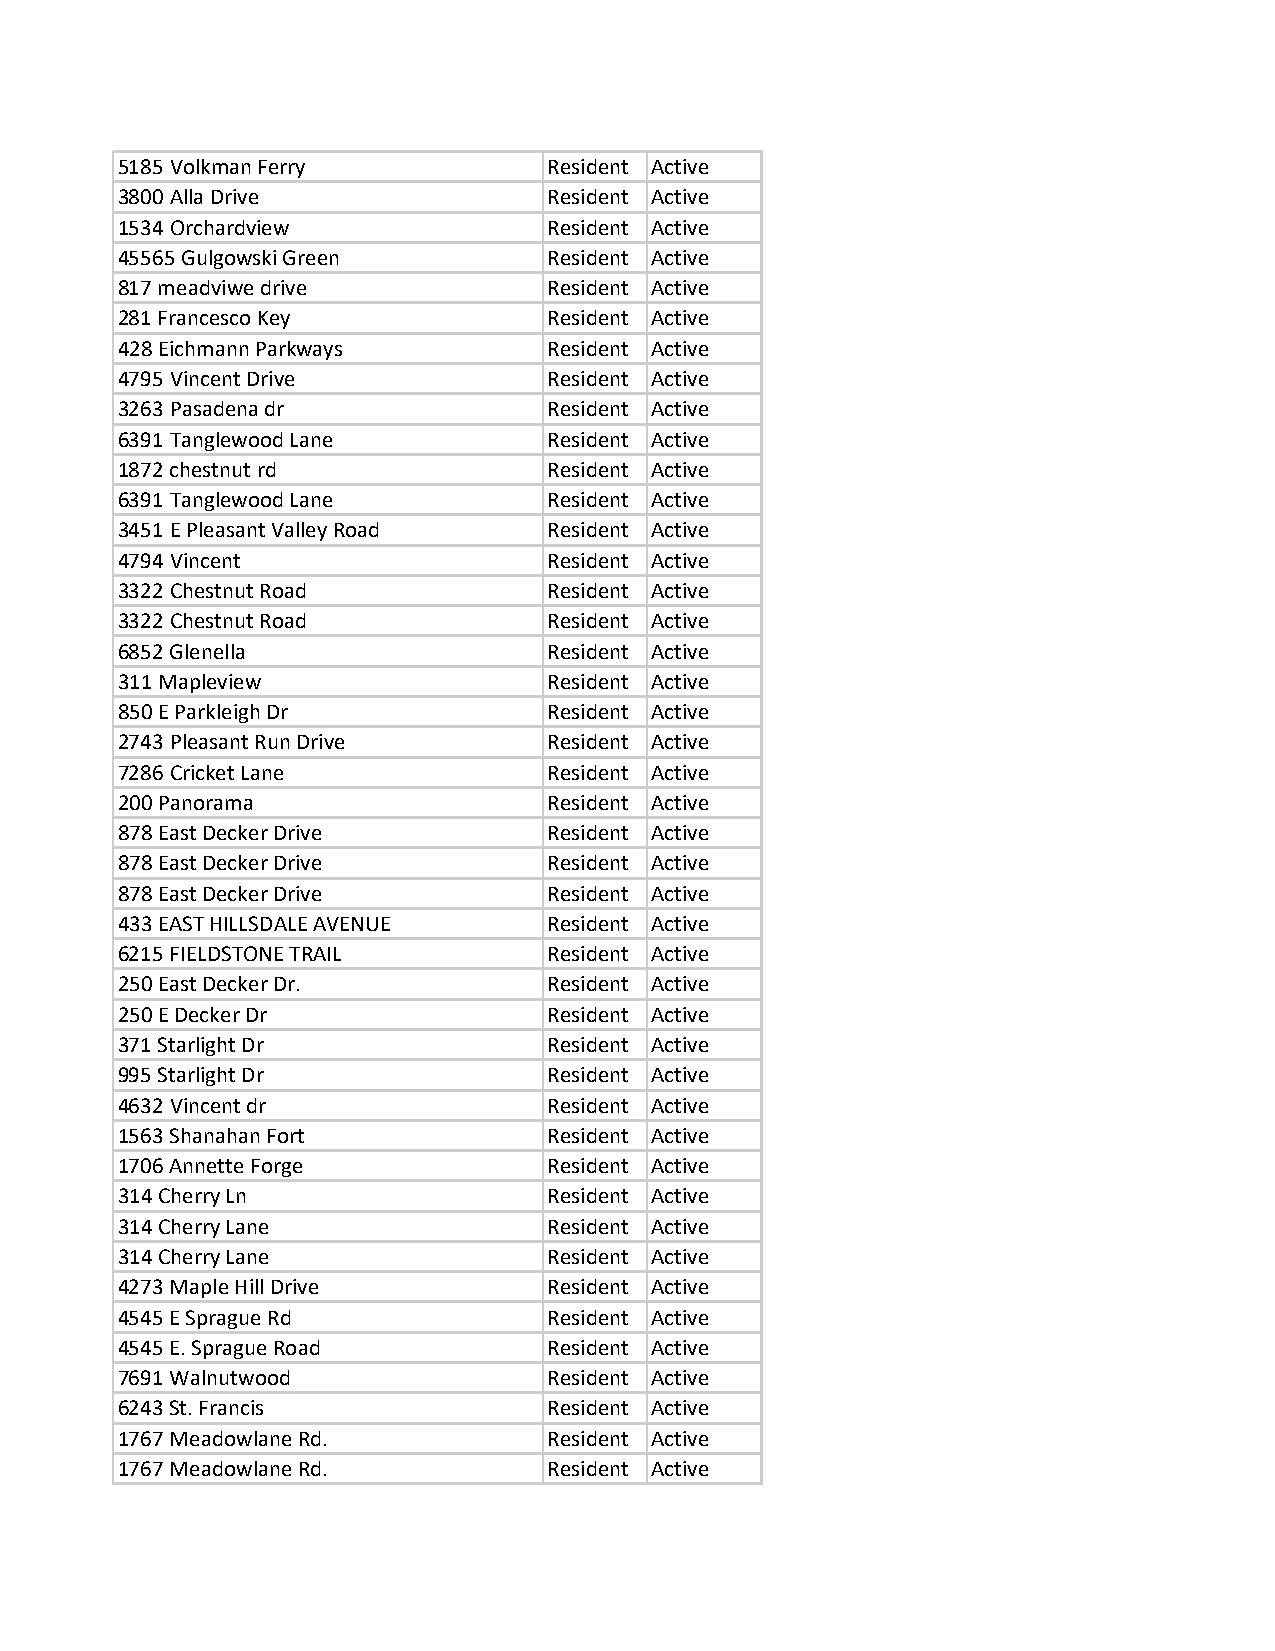
5185 Volkman Ferry          Resident Active
 3800 Alla Drive             Resident Active
 1534 Orchardview            Resident Active
 45565 Gulgowski Green       Resident Active
 817 meadviwe drive          Resident Active
 281 Francesco Key           Resident Active
 428 Eichmann Parkways       Resident Active
 4795 Vincent Drive          Resident Active
 3263 Pasadena dr            Resident Active
 6391 Tanglewood Lane        Resident Active
 1872 chestnut rd            Resident Active
 6391 Tanglewood Lane        Resident Active
 3451 E Pleasant Valley Road Resident Active
 4794 Vincent                Resident Active
 3322 Chestnut Road          Resident Active
 3322 Chestnut Road          Resident Active
 6852 Glenella               Resident Active
 311 Mapleview               Resident Active
 850 E Parkleigh Dr          Resident Active
 2743 Pleasant Run Drive     Resident Active
 7286 Cricket Lane           Resident Active
 200 Panorama                Resident Active
 878 East Decker Drive       Resident Active
 878 East Decker Drive       Resident Active
 878 East Decker Drive       Resident Active
 433 EAST HILLSDALE AVENUE   Resident Active
 6215 FIELDSTONE TRAIL       Resident Active
 250 East Decker Dr.         Resident Active
 250 E Decker Dr             Resident Active
 371 Starlight Dr            Resident Active
 995 Starlight Dr            Resident Active
 4632 Vincent dr             Resident Active
 1563 Shanahan Fort          Resident Active
 1706 Annette Forge          Resident Active
 314 Cherry Ln               Resident Active
 314 Cherry Lane             Resident Active
 314 Cherry Lane             Resident Active
 4273 Maple Hill Drive       Resident Active
 4545 E Sprague Rd           Resident Active
 4545 E. Sprague Road        Resident Active
 7691 Walnutwood             Resident Active
 6243 St. Francis            Resident Active
 1767 Meadowlane Rd.         Resident Active
 1767 Meadowlane Rd.         Resident Active